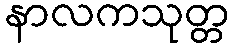
နာလကသုတ္တ